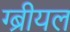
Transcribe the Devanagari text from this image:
ग्ब्रीयल